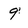
Character: 9